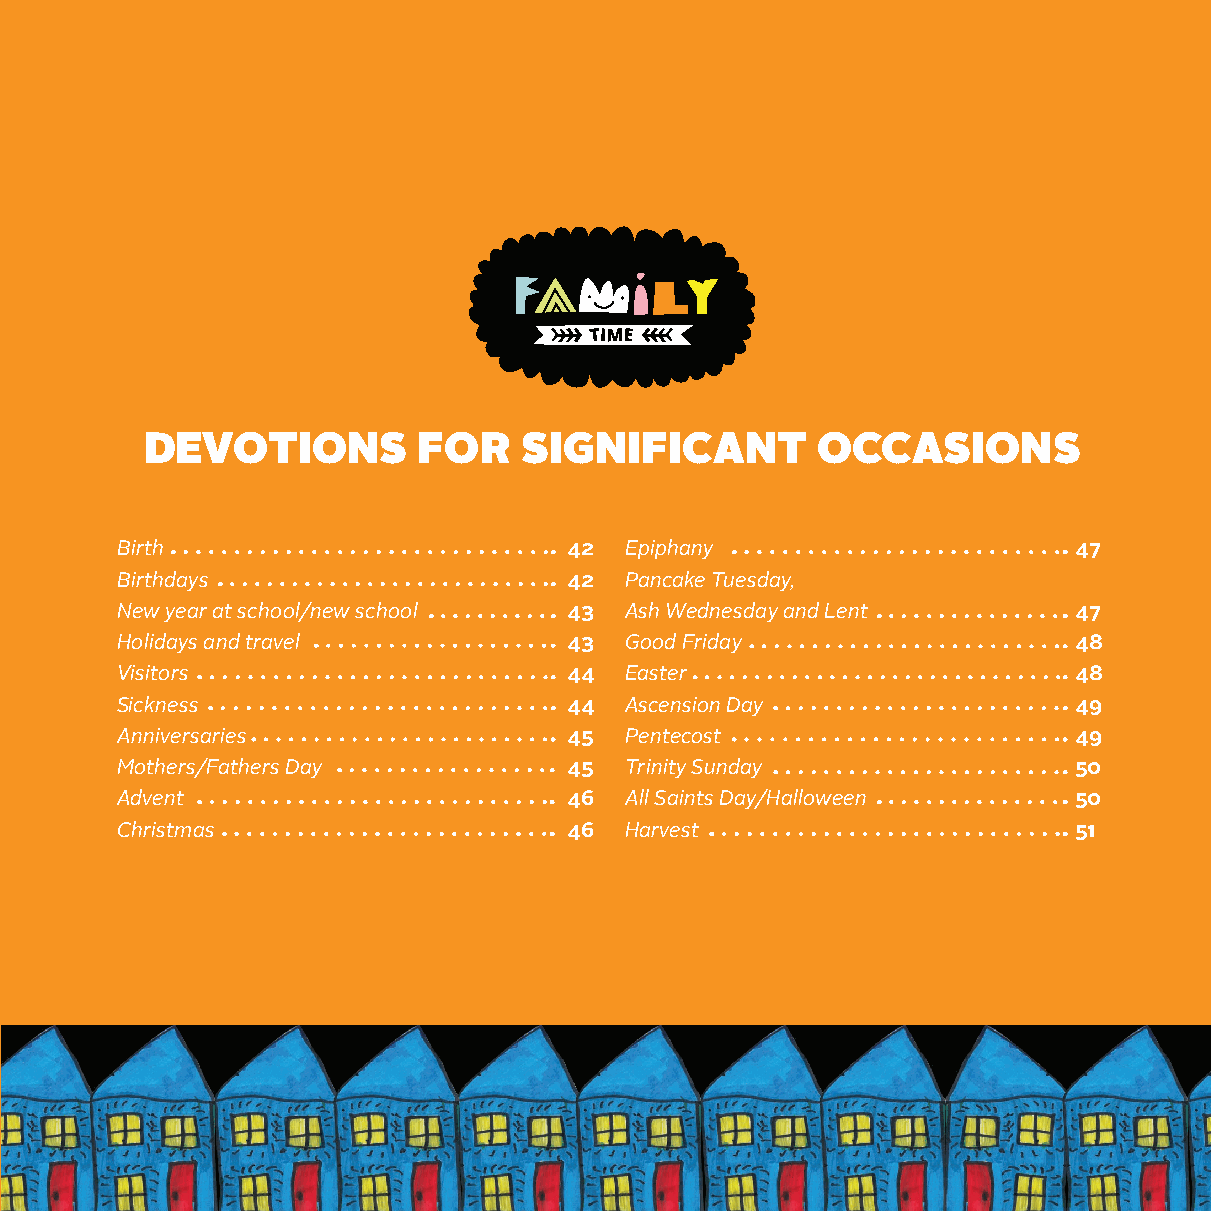
DEVOTIONS         FOR   SIGNIFICANT         OCCASIONS
 Birth                         42 Epiphany                      47
 Birthdays                     42 Pancake Tuesday,
 New year at school/new school 43 Ash Wednesday and Lent        47
 Holidays and travel           43 Good Friday                   48
 Visitors                      44 Easter                        48
 Sickness                      44 Ascension Day                 49
 Anniversaries                 45 Pentecost                     49
 Mothers/Fathers Day           45 Trinity Sunday                50
 Advent                        46 All Saints Day/Halloween      50
 Christmas                     46 Harvest                       51
 41